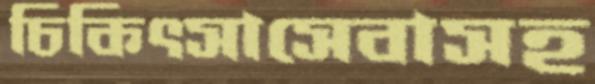
চিকিৎসাসেবাসহ